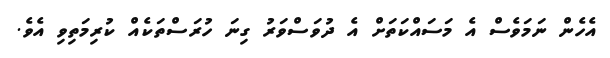
އެހެން ނަމަވެސް އެ މަސައްކަތަށް އެ ދުވަސްވަރު ގިނަ ހުރަސްތަކެއް ކުރިމަތިވި އެވެ.